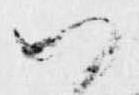
以